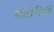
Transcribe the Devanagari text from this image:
सँटोरिनी